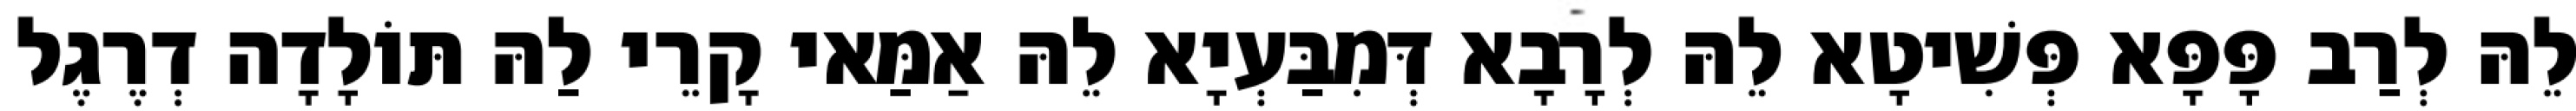
לֵהּ לְרַב פָּפָּא פְּשִׁיטָא לֵהּ לְרָבָא דְּמִבַּעְיָא לֵהּ אַמַּאי קָרֵי לַהּ תּוֹלָדָה דְרֶגֶל